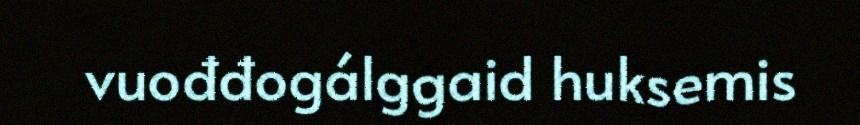
vuođđogálggaid huksemis